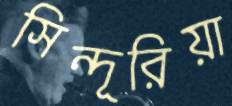
সিন্দূরিয়া